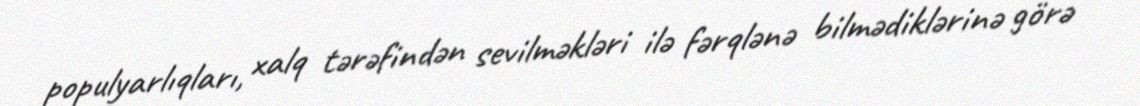
populyarlıqları, xalq tərəfindən sevilməkləri ilə fərqlənə bilmədiklərinə görə